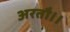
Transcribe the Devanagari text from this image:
अरतौ।।